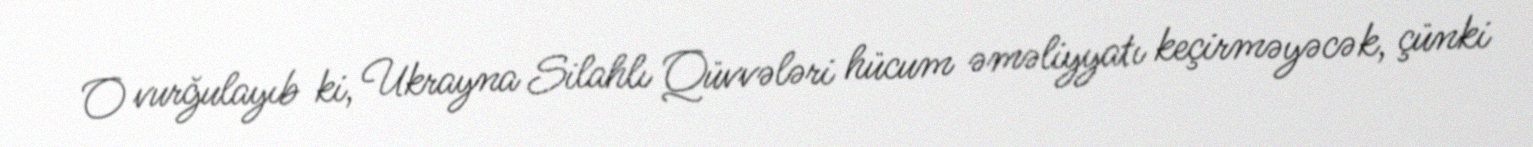
O vurğulayıb ki, Ukrayna Silahlı Qüvvələri hücum əməliyyatı keçirməyəcək, çünki